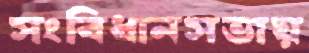
সংবিধানসভায়